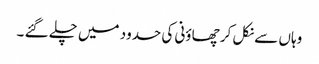
وہاں سے نکل کر چھاؤنی کی حدود میں چلے گئے ۔